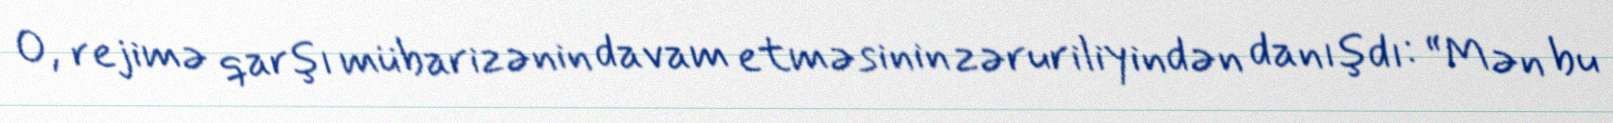
O, rejimə qarşı mübarizənin davam etməsinin zəruriliyindən danışdı: “Mən bu